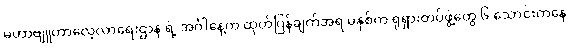
မဟာဗျူဟာလေ့လာရေးဌာန ရဲ့ အင်္ဂါနေ့က ထုတ်ပြန်ချက်အရ မနှစ်က ရုရှားတပ်ဖွဲ့တွေ ၆ သောင်းကနေ